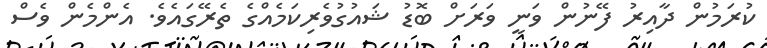
ކުރަމުން ދާއިރު ފޭނުން ވަނީ ވަރަށް ބޮޑު ޝައުގުވެރިކަމެއްގެ ތެރޭގައެވެ. އެންމެން ވެސް